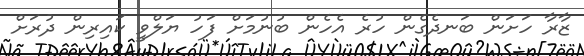
ޒާރާ ހަށަން ބަނދެގެން ހުރެ އެހެން ބުނުމަށް ފަހު ޔަލްވީ ކައިރިން ދުރަށް